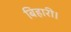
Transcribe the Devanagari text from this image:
बिहारी।